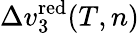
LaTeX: \Delta v_{3}^{\mathrm{red}}(T,n)